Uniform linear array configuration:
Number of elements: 16
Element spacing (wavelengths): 0.25
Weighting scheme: hamming
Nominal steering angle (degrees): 15
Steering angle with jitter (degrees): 15.222
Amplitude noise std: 0.05
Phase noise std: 0.05

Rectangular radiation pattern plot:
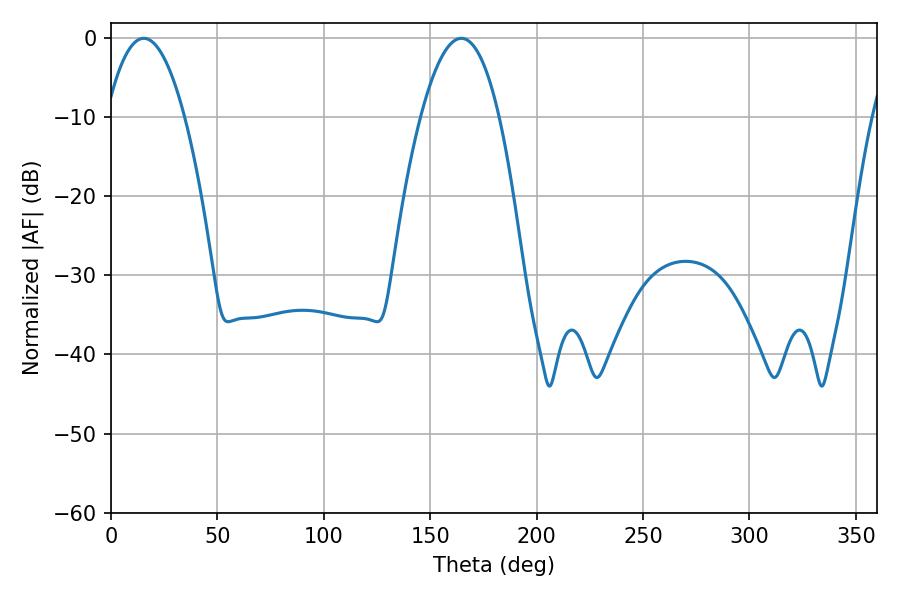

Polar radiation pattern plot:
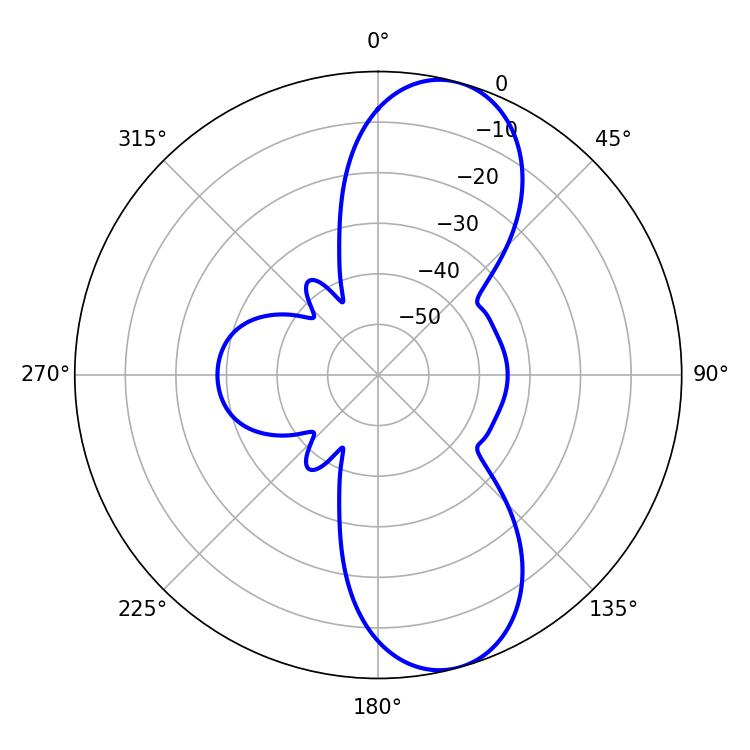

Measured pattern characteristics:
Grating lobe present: FALSE
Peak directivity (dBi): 9.914
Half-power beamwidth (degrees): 20.34
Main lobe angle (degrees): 15.48